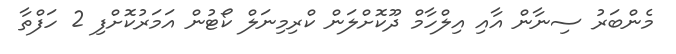
މެންބަރު ސިނާން އާއި އިލްހާމް ދޫކޮށްލަން ކްރިމިނަލް ކޯޓުން އަމަރުކޮށްފި 2 ހަފްތާ